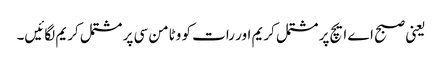
یعنی صبح اے ایچ پر مشتمل کریم اور رات کو وٹامن سی پر مشتمل کریم لگائیں۔